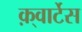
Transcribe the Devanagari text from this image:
क़्वार्टेस